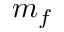
m _ { f }